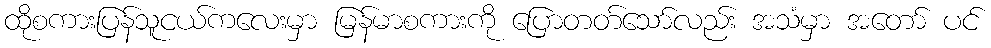
ထိုစကားပြန်သူငယ်ကလေးမှာ မြန်မာစကားကို ပြောတတ်သော်လည်း အသံမှာ အတော် ပင်